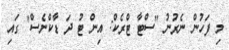
މި ފަހުން ނެރުނު "ސްޓާ ޓްރެކް: އިން ޓު ދަ ޑާކްނެސް" ގައި